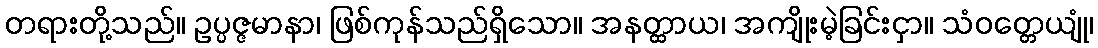
တရားတို့သည်။ ဥပ္ပဇ္ဇမာနာ၊ ဖြစ်ကုန်သည်ရှိသော။ အနတ္ထာယ၊ အကျိုးမဲ့ခြင်းငှာ။ သံဝတ္တေယျုံ၊